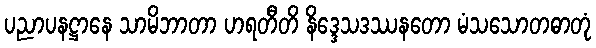
ပညာပနဋ္ဌာနေ သာမိဘာတာ ဟရတီတိ နိဒ္ဒေသဒဿနတော မံသသောတဓာတုံ